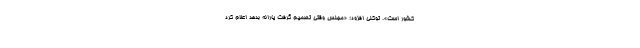
کشور است». توکلی افزود: «مجلس وقتی تصمیم گرفت یارانه بدهد اعلام کرد